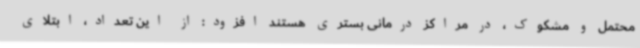
محتمل و مشکوک، در مراکز درمانی بستری هستند افزود: از این تعداد، ابتلای